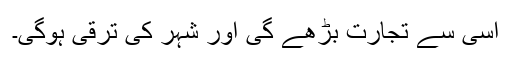
اسى سے تجارت بڑھے گى اور شہر کى ترقى ہوگى۔